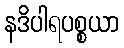
နဒိပါရပစ္စယာ